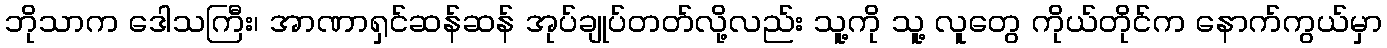
ဘိုသာက ဒေါသကြီး၊ အာဏာရှင်ဆန်ဆန် အုပ်ချုပ်တတ်လို့လည်း သူ့ကို သူ့ လူတွေ ကိုယ်တိုင်က နောက်ကွယ်မှာ